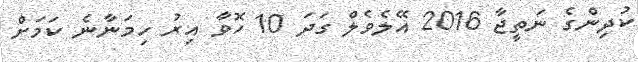
ކުދިންގެ ނަތީޖާ 2016 އޭލެވެލް ގަދަ 10 ހޮވާ އިރު ހިމަނާނެ ކަމަށް